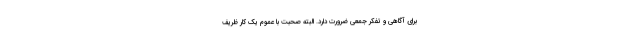
برای آگاهی و تفکر جمعی ضرورت دارد. البته صحبت با عموم یک کار ظریف